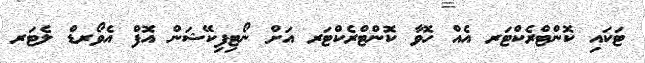
ޓަކައި ކޮންޓްރެކްޓަރ އެއް ހޮވާ ކޮންޓްރެކްޓަރ އަށް ނޯޓިފިކޭޝަން އޮފް އެވޯރޑް ލެޓަރ